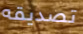
تصديقه